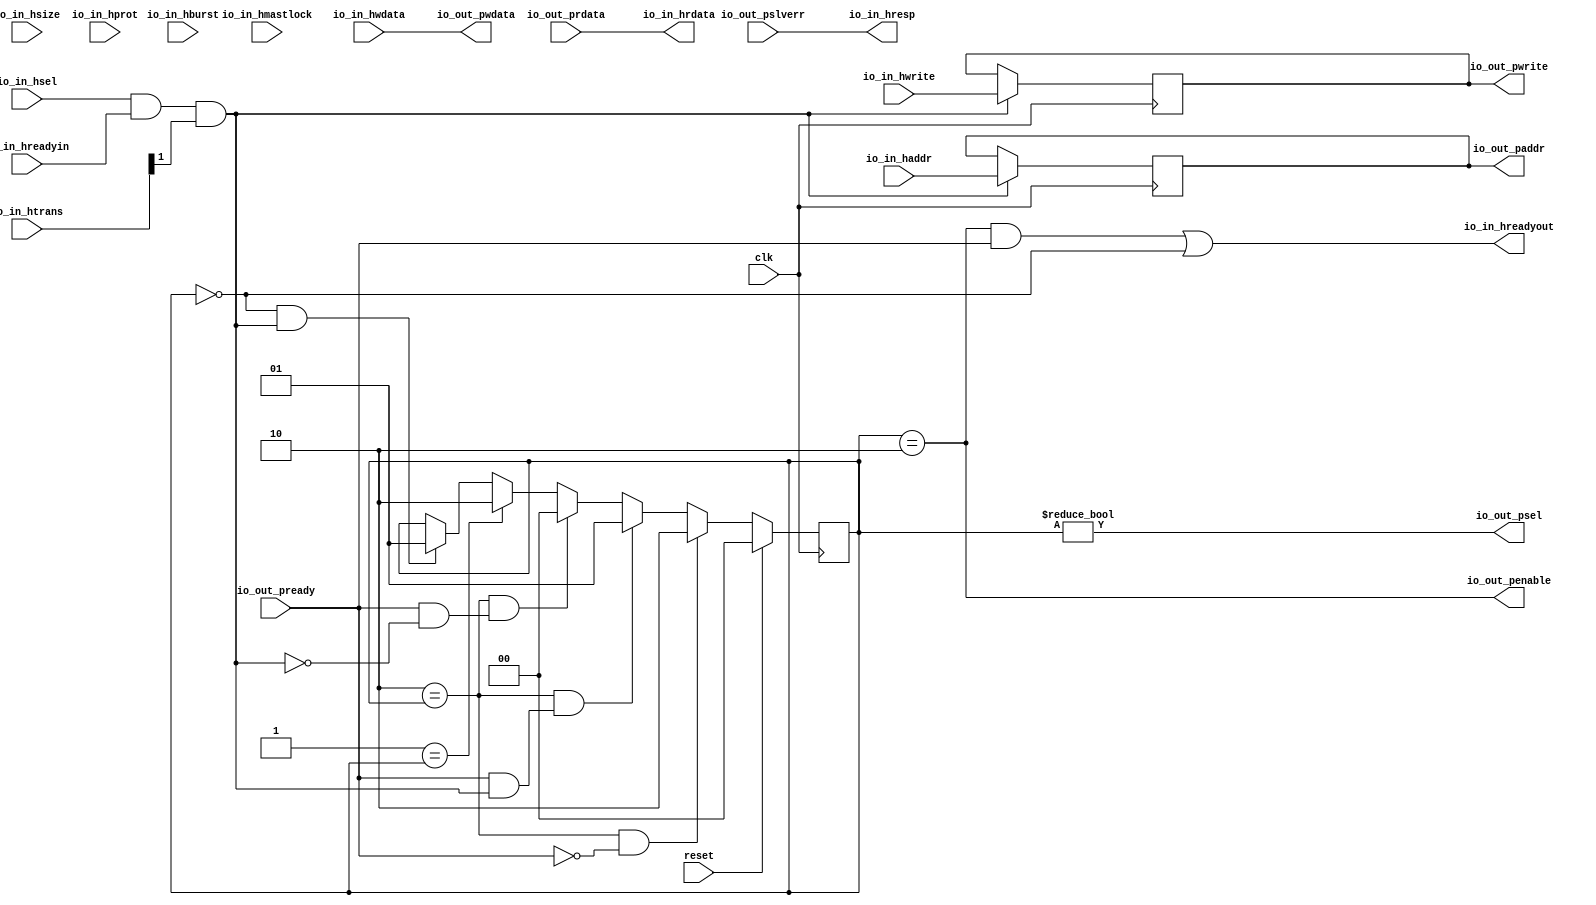
module HastiToPociBridge(input clk, input reset,
    input [31:0] io_in_haddr,
    input  io_in_hwrite,
    input [2:0] io_in_hsize,
    input [2:0] io_in_hburst,
    input [3:0] io_in_hprot,
    input [1:0] io_in_htrans,
    input  io_in_hmastlock,
    input [31:0] io_in_hwdata,
    output[31:0] io_in_hrdata,
    input  io_in_hsel,
    input  io_in_hreadyin,
    output io_in_hreadyout,
    output io_in_hresp,
    output[31:0] io_out_paddr,
    output io_out_pwrite,
    output io_out_psel,
    output io_out_penable,
    output[31:0] io_out_pwdata,
    input [31:0] io_out_prdata,
    input  io_out_pready,
    input  io_out_pslverr
);

  wire T0;
  reg [1:0] state;
  wire[1:0] T26;
  wire[1:0] T1;
  wire[1:0] T2;
  wire[1:0] T3;
  wire[1:0] T4;
  wire[1:0] T5;
  wire T6;
  wire transfer;
  wire T7;
  wire T8;
  wire T9;
  wire T10;
  wire T11;
  wire T12;
  wire T13;
  wire T14;
  wire T15;
  wire T16;
  wire T17;
  wire T18;
  wire T19;
  reg  hwrite_reg;
  wire T20;
  reg [31:0] haddr_reg;
  wire[31:0] T21;
  wire T22;
  wire T23;
  wire T24;
  wire T25;

`ifndef SYNTHESIS
// synthesis translate_off
  integer initvar;
  initial begin
    #0.002;
    state = {1{$random}};
    hwrite_reg = {1{$random}};
    haddr_reg = {1{$random}};
  end
// synthesis translate_on
`endif

  assign io_out_pwdata = io_in_hwdata;
  assign io_out_penable = T0;
  assign T0 = state == 2'h2;
  assign T26 = reset ? 2'h0 : T1;
  assign T1 = T17 ? 2'h2 : T2;
  assign T2 = T15 ? 2'h1 : T3;
  assign T3 = T11 ? 2'h0 : T4;
  assign T4 = T10 ? 2'h2 : T5;
  assign T5 = T6 ? 2'h1 : state;
  assign T6 = T9 & transfer;
  assign transfer = T8 & T7;
  assign T7 = io_in_htrans[1];
  assign T8 = io_in_hsel & io_in_hreadyin;
  assign T9 = 2'h0 == state;
  assign T10 = 2'h1 == state;
  assign T11 = T14 & T12;
  assign T12 = io_out_pready & T13;
  assign T13 = ~ transfer;
  assign T14 = 2'h2 == state;
  assign T15 = T14 & T16;
  assign T16 = io_out_pready & transfer;
  assign T17 = T14 & T18;
  assign T18 = ~ io_out_pready;
  assign io_out_psel = T19;
  assign T19 = state != 2'h0;
  assign io_out_pwrite = hwrite_reg;
  assign T20 = transfer ? io_in_hwrite : hwrite_reg;
  assign io_out_paddr = haddr_reg;
  assign T21 = transfer ? io_in_haddr : haddr_reg;
  assign io_in_hresp = io_out_pslverr;
  assign io_in_hreadyout = T22;
  assign T22 = T24 | T23;
  assign T23 = state == 2'h0;
  assign T24 = T25 & io_out_pready;
  assign T25 = state == 2'h2;
  assign io_in_hrdata = io_out_prdata;

  always @(posedge clk) begin
    if(reset) begin
      state <= 2'h0;
    end else if(T17) begin
      state <= 2'h2;
    end else if(T15) begin
      state <= 2'h1;
    end else if(T11) begin
      state <= 2'h0;
    end else if(T10) begin
      state <= 2'h2;
    end else if(T6) begin
      state <= 2'h1;
    end
    if(transfer) begin
      hwrite_reg <= io_in_hwrite;
    end
    if(transfer) begin
      haddr_reg <= io_in_haddr;
    end
  end
endmodule

module PociBus(
    input [31:0] io_master_paddr,
    input  io_master_pwrite,
    input  io_master_psel,
    input  io_master_penable,
    input [31:0] io_master_pwdata,
    output[31:0] io_master_prdata,
    output io_master_pready,
    output io_master_pslverr,
    output[31:0] io_slaves_4_paddr,
    output io_slaves_4_pwrite,
    output io_slaves_4_psel,
    output io_slaves_4_penable,
    output[31:0] io_slaves_4_pwdata,
    input [31:0] io_slaves_4_prdata,
    input  io_slaves_4_pready,
    input  io_slaves_4_pslverr,
    output[31:0] io_slaves_3_paddr,
    output io_slaves_3_pwrite,
    output io_slaves_3_psel,
    output io_slaves_3_penable,
    output[31:0] io_slaves_3_pwdata,
    input [31:0] io_slaves_3_prdata,
    input  io_slaves_3_pready,
    input  io_slaves_3_pslverr,
    output[31:0] io_slaves_2_paddr,
    output io_slaves_2_pwrite,
    output io_slaves_2_psel,
    output io_slaves_2_penable,
    output[31:0] io_slaves_2_pwdata,
    input [31:0] io_slaves_2_prdata,
    input  io_slaves_2_pready,
    input  io_slaves_2_pslverr,
    output[31:0] io_slaves_1_paddr,
    output io_slaves_1_pwrite,
    output io_slaves_1_psel,
    output io_slaves_1_penable,
    output[31:0] io_slaves_1_pwdata,
    input [31:0] io_slaves_1_prdata,
    input  io_slaves_1_pready,
    input  io_slaves_1_pslverr,
    output[31:0] io_slaves_0_paddr,
    output io_slaves_0_pwrite,
    output io_slaves_0_psel,
    output io_slaves_0_penable,
    output[31:0] io_slaves_0_pwdata,
    input [31:0] io_slaves_0_prdata,
    input  io_slaves_0_pready,
    input  io_slaves_0_pslverr
);

  wire T0;
  wire T1;
  wire[4:0] T2;
  wire[4:0] T3;
  wire[4:0] T4;
  wire[4:0] T5;
  wire[4:0] T6;
  wire T7;
  wire T8;
  wire[7:0] T9;
  wire T10;
  wire T11;
  wire[7:0] T12;
  wire T13;
  wire T14;
  wire[7:0] T15;
  wire T16;
  wire T17;
  wire[7:0] T18;
  wire T19;
  wire T20;
  wire[7:0] T21;
  wire T22;
  wire T23;
  wire T24;
  wire T25;
  wire T26;
  wire T27;
  wire T28;
  wire T29;
  wire T30;
  wire T31;
  wire T32;
  wire T33;
  wire T34;
  wire T35;
  wire T36;
  wire T37;
  wire T38;
  wire T39;
  wire T40;
  wire T41;
  wire T42;
  wire T43;
  wire T44;
  wire T45;
  wire T46;
  wire T47;
  wire[31:0] T48;
  wire[31:0] T49;
  wire[31:0] T50;
  wire[31:0] T51;
  wire[31:0] T52;
  wire[31:0] T53;
  wire[31:0] T54;
  wire[31:0] T55;
  wire[31:0] T56;


  assign io_slaves_0_pwdata = io_master_pwdata;
  assign io_slaves_0_penable = T0;
  assign T0 = io_master_penable & T1;
  assign T1 = T2[0];
  assign T2 = T19 ? 5'h1 : T3;
  assign T3 = T16 ? 5'h2 : T4;
  assign T4 = T13 ? 5'h4 : T5;
  assign T5 = T10 ? 5'h8 : T6;
  assign T6 = T7 ? 5'h10 : 5'h0;
  assign T7 = T8 & io_master_psel;
  assign T8 = T9 == 8'hf2;
  assign T9 = io_master_paddr[31:24];
  assign T10 = T11 & io_master_psel;
  assign T11 = T12 == 8'hf3;
  assign T12 = io_master_paddr[31:24];
  assign T13 = T14 & io_master_psel;
  assign T14 = T15 == 8'hf4;
  assign T15 = io_master_paddr[31:24];
  assign T16 = T17 & io_master_psel;
  assign T17 = T18 == 8'hf0;
  assign T18 = io_master_paddr[31:24];
  assign T19 = T20 & io_master_psel;
  assign T20 = T21 == 8'hf1;
  assign T21 = io_master_paddr[31:24];
  assign io_slaves_0_psel = T1;
  assign io_slaves_0_pwrite = io_master_pwrite;
  assign io_slaves_0_paddr = io_master_paddr;
  assign io_slaves_1_pwdata = io_master_pwdata;
  assign io_slaves_1_penable = T22;
  assign T22 = io_master_penable & T23;
  assign T23 = T2[1];
  assign io_slaves_1_psel = T23;
  assign io_slaves_1_pwrite = io_master_pwrite;
  assign io_slaves_1_paddr = io_master_paddr;
  assign io_slaves_2_pwdata = io_master_pwdata;
  assign io_slaves_2_penable = T24;
  assign T24 = io_master_penable & T25;
  assign T25 = T2[2];
  assign io_slaves_2_psel = T25;
  assign io_slaves_2_pwrite = io_master_pwrite;
  assign io_slaves_2_paddr = io_master_paddr;
  assign io_slaves_3_pwdata = io_master_pwdata;
  assign io_slaves_3_penable = T26;
  assign T26 = io_master_penable & T27;
  assign T27 = T2[3];
  assign io_slaves_3_psel = T27;
  assign io_slaves_3_pwrite = io_master_pwrite;
  assign io_slaves_3_paddr = io_master_paddr;
  assign io_slaves_4_pwdata = io_master_pwdata;
  assign io_slaves_4_penable = T28;
  assign T28 = io_master_penable & T29;
  assign T29 = T2[4];
  assign io_slaves_4_psel = T29;
  assign io_slaves_4_pwrite = io_master_pwrite;
  assign io_slaves_4_paddr = io_master_paddr;
  assign io_master_pslverr = T30;
  assign T30 = T32 | T31;
  assign T31 = T29 ? io_slaves_4_pslverr : 1'h0;
  assign T32 = T34 | T33;
  assign T33 = T27 ? io_slaves_3_pslverr : 1'h0;
  assign T34 = T36 | T35;
  assign T35 = T25 ? io_slaves_2_pslverr : 1'h0;
  assign T36 = T38 | T37;
  assign T37 = T23 ? io_slaves_1_pslverr : 1'h0;
  assign T38 = T1 ? io_slaves_0_pslverr : 1'h0;
  assign io_master_pready = T39;
  assign T39 = T41 | T40;
  assign T40 = T29 ? io_slaves_4_pready : 1'h0;
  assign T41 = T43 | T42;
  assign T42 = T27 ? io_slaves_3_pready : 1'h0;
  assign T43 = T45 | T44;
  assign T44 = T25 ? io_slaves_2_pready : 1'h0;
  assign T45 = T47 | T46;
  assign T46 = T23 ? io_slaves_1_pready : 1'h0;
  assign T47 = T1 ? io_slaves_0_pready : 1'h0;
  assign io_master_prdata = T48;
  assign T48 = T50 | T49;
  assign T49 = T29 ? io_slaves_4_prdata : 32'h0;
  assign T50 = T52 | T51;
  assign T51 = T27 ? io_slaves_3_prdata : 32'h0;
  assign T52 = T54 | T53;
  assign T53 = T25 ? io_slaves_2_prdata : 32'h0;
  assign T54 = T56 | T55;
  assign T55 = T23 ? io_slaves_1_prdata : 32'h0;
  assign T56 = T1 ? io_slaves_0_prdata : 32'h0;
endmodule

module Apbbridge(input clk, input reset,
    input [31:0] io_ahbport_haddr,
    input  io_ahbport_hwrite,
    input [2:0] io_ahbport_hsize,
    input [2:0] io_ahbport_hburst,
    input [3:0] io_ahbport_hprot,
    input [1:0] io_ahbport_htrans,
    input  io_ahbport_hmastlock,
    input [31:0] io_ahbport_hwdata,
    output[31:0] io_ahbport_hrdata,
    input  io_ahbport_hsel,
    input  io_ahbport_hreadyin,
    output io_ahbport_hreadyout,
    output io_ahbport_hresp,
    output[31:0] io_uart_paddr,
    output io_uart_pwrite,
    output io_uart_psel,
    output io_uart_penable,
    output[31:0] io_uart_pwdata,
    input [31:0] io_uart_prdata,
    input  io_uart_pready,
    input  io_uart_pslverr,
    output[31:0] io_gpio_paddr,
    output io_gpio_pwrite,
    output io_gpio_psel,
    output io_gpio_penable,
    output[31:0] io_gpio_pwdata,
    input [31:0] io_gpio_prdata,
    input  io_gpio_pready,
    input  io_gpio_pslverr,
    output[31:0] io_cpuctrl_paddr,
    output io_cpuctrl_pwrite,
    output io_cpuctrl_psel,
    output io_cpuctrl_penable,
    output[31:0] io_cpuctrl_pwdata,
    input [31:0] io_cpuctrl_prdata,
    input  io_cpuctrl_pready,
    input  io_cpuctrl_pslverr,
    output[31:0] io_timer_paddr,
    output io_timer_pwrite,
    output io_timer_psel,
    output io_timer_penable,
    output[31:0] io_timer_pwdata,
    input [31:0] io_timer_prdata,
    input  io_timer_pready,
    input  io_timer_pslverr,
    output[31:0] io_intc_paddr,
    output io_intc_pwrite,
    output io_intc_psel,
    output io_intc_penable,
    output[31:0] io_intc_pwdata,
    input [31:0] io_intc_prdata,
    input  io_intc_pready,
    input  io_intc_pslverr
);

  wire[31:0] bridge_io_in_hrdata;
  wire bridge_io_in_hreadyout;
  wire bridge_io_in_hresp;
  wire[31:0] bridge_io_out_paddr;
  wire bridge_io_out_pwrite;
  wire bridge_io_out_psel;
  wire bridge_io_out_penable;
  wire[31:0] bridge_io_out_pwdata;
  wire[31:0] apbbus_io_master_prdata;
  wire apbbus_io_master_pready;
  wire apbbus_io_master_pslverr;
  wire[31:0] apbbus_io_slaves_4_paddr;
  wire apbbus_io_slaves_4_pwrite;
  wire apbbus_io_slaves_4_psel;
  wire apbbus_io_slaves_4_penable;
  wire[31:0] apbbus_io_slaves_4_pwdata;
  wire[31:0] apbbus_io_slaves_3_paddr;
  wire apbbus_io_slaves_3_pwrite;
  wire apbbus_io_slaves_3_psel;
  wire apbbus_io_slaves_3_penable;
  wire[31:0] apbbus_io_slaves_3_pwdata;
  wire[31:0] apbbus_io_slaves_2_paddr;
  wire apbbus_io_slaves_2_pwrite;
  wire apbbus_io_slaves_2_psel;
  wire apbbus_io_slaves_2_penable;
  wire[31:0] apbbus_io_slaves_2_pwdata;
  wire[31:0] apbbus_io_slaves_1_paddr;
  wire apbbus_io_slaves_1_pwrite;
  wire apbbus_io_slaves_1_psel;
  wire apbbus_io_slaves_1_penable;
  wire[31:0] apbbus_io_slaves_1_pwdata;
  wire[31:0] apbbus_io_slaves_0_paddr;
  wire apbbus_io_slaves_0_pwrite;
  wire apbbus_io_slaves_0_psel;
  wire apbbus_io_slaves_0_penable;
  wire[31:0] apbbus_io_slaves_0_pwdata;


  assign io_intc_pwdata = apbbus_io_slaves_4_pwdata;
  assign io_intc_penable = apbbus_io_slaves_4_penable;
  assign io_intc_psel = apbbus_io_slaves_4_psel;
  assign io_intc_pwrite = apbbus_io_slaves_4_pwrite;
  assign io_intc_paddr = apbbus_io_slaves_4_paddr;
  assign io_timer_pwdata = apbbus_io_slaves_3_pwdata;
  assign io_timer_penable = apbbus_io_slaves_3_penable;
  assign io_timer_psel = apbbus_io_slaves_3_psel;
  assign io_timer_pwrite = apbbus_io_slaves_3_pwrite;
  assign io_timer_paddr = apbbus_io_slaves_3_paddr;
  assign io_cpuctrl_pwdata = apbbus_io_slaves_2_pwdata;
  assign io_cpuctrl_penable = apbbus_io_slaves_2_penable;
  assign io_cpuctrl_psel = apbbus_io_slaves_2_psel;
  assign io_cpuctrl_pwrite = apbbus_io_slaves_2_pwrite;
  assign io_cpuctrl_paddr = apbbus_io_slaves_2_paddr;
  assign io_gpio_pwdata = apbbus_io_slaves_1_pwdata;
  assign io_gpio_penable = apbbus_io_slaves_1_penable;
  assign io_gpio_psel = apbbus_io_slaves_1_psel;
  assign io_gpio_pwrite = apbbus_io_slaves_1_pwrite;
  assign io_gpio_paddr = apbbus_io_slaves_1_paddr;
  assign io_uart_pwdata = apbbus_io_slaves_0_pwdata;
  assign io_uart_penable = apbbus_io_slaves_0_penable;
  assign io_uart_psel = apbbus_io_slaves_0_psel;
  assign io_uart_pwrite = apbbus_io_slaves_0_pwrite;
  assign io_uart_paddr = apbbus_io_slaves_0_paddr;
  assign io_ahbport_hresp = bridge_io_in_hresp;
  assign io_ahbport_hreadyout = bridge_io_in_hreadyout;
  assign io_ahbport_hrdata = bridge_io_in_hrdata;
  HastiToPociBridge bridge(.clk(clk), .reset(reset),
       .io_in_haddr( io_ahbport_haddr ),
       .io_in_hwrite( io_ahbport_hwrite ),
       .io_in_hsize( io_ahbport_hsize ),
       .io_in_hburst( io_ahbport_hburst ),
       .io_in_hprot( io_ahbport_hprot ),
       .io_in_htrans( io_ahbport_htrans ),
       .io_in_hmastlock( io_ahbport_hmastlock ),
       .io_in_hwdata( io_ahbport_hwdata ),
       .io_in_hrdata( bridge_io_in_hrdata ),
       .io_in_hsel( io_ahbport_hsel ),
       .io_in_hreadyin( io_ahbport_hreadyin ),
       .io_in_hreadyout( bridge_io_in_hreadyout ),
       .io_in_hresp( bridge_io_in_hresp ),
       .io_out_paddr( bridge_io_out_paddr ),
       .io_out_pwrite( bridge_io_out_pwrite ),
       .io_out_psel( bridge_io_out_psel ),
       .io_out_penable( bridge_io_out_penable ),
       .io_out_pwdata( bridge_io_out_pwdata ),
       .io_out_prdata( apbbus_io_master_prdata ),
       .io_out_pready( apbbus_io_master_pready ),
       .io_out_pslverr( apbbus_io_master_pslverr )
  );
  PociBus apbbus(
       .io_master_paddr( bridge_io_out_paddr ),
       .io_master_pwrite( bridge_io_out_pwrite ),
       .io_master_psel( bridge_io_out_psel ),
       .io_master_penable( bridge_io_out_penable ),
       .io_master_pwdata( bridge_io_out_pwdata ),
       .io_master_prdata( apbbus_io_master_prdata ),
       .io_master_pready( apbbus_io_master_pready ),
       .io_master_pslverr( apbbus_io_master_pslverr ),
       .io_slaves_4_paddr( apbbus_io_slaves_4_paddr ),
       .io_slaves_4_pwrite( apbbus_io_slaves_4_pwrite ),
       .io_slaves_4_psel( apbbus_io_slaves_4_psel ),
       .io_slaves_4_penable( apbbus_io_slaves_4_penable ),
       .io_slaves_4_pwdata( apbbus_io_slaves_4_pwdata ),
       .io_slaves_4_prdata( io_intc_prdata ),
       .io_slaves_4_pready( io_intc_pready ),
       .io_slaves_4_pslverr( io_intc_pslverr ),
       .io_slaves_3_paddr( apbbus_io_slaves_3_paddr ),
       .io_slaves_3_pwrite( apbbus_io_slaves_3_pwrite ),
       .io_slaves_3_psel( apbbus_io_slaves_3_psel ),
       .io_slaves_3_penable( apbbus_io_slaves_3_penable ),
       .io_slaves_3_pwdata( apbbus_io_slaves_3_pwdata ),
       .io_slaves_3_prdata( io_timer_prdata ),
       .io_slaves_3_pready( io_timer_pready ),
       .io_slaves_3_pslverr( io_timer_pslverr ),
       .io_slaves_2_paddr( apbbus_io_slaves_2_paddr ),
       .io_slaves_2_pwrite( apbbus_io_slaves_2_pwrite ),
       .io_slaves_2_psel( apbbus_io_slaves_2_psel ),
       .io_slaves_2_penable( apbbus_io_slaves_2_penable ),
       .io_slaves_2_pwdata( apbbus_io_slaves_2_pwdata ),
       .io_slaves_2_prdata( io_cpuctrl_prdata ),
       .io_slaves_2_pready( io_cpuctrl_pready ),
       .io_slaves_2_pslverr( io_cpuctrl_pslverr ),
       .io_slaves_1_paddr( apbbus_io_slaves_1_paddr ),
       .io_slaves_1_pwrite( apbbus_io_slaves_1_pwrite ),
       .io_slaves_1_psel( apbbus_io_slaves_1_psel ),
       .io_slaves_1_penable( apbbus_io_slaves_1_penable ),
       .io_slaves_1_pwdata( apbbus_io_slaves_1_pwdata ),
       .io_slaves_1_prdata( io_gpio_prdata ),
       .io_slaves_1_pready( io_gpio_pready ),
       .io_slaves_1_pslverr( io_gpio_pslverr ),
       .io_slaves_0_paddr( apbbus_io_slaves_0_paddr ),
       .io_slaves_0_pwrite( apbbus_io_slaves_0_pwrite ),
       .io_slaves_0_psel( apbbus_io_slaves_0_psel ),
       .io_slaves_0_penable( apbbus_io_slaves_0_penable ),
       .io_slaves_0_pwdata( apbbus_io_slaves_0_pwdata ),
       .io_slaves_0_prdata( io_uart_prdata ),
       .io_slaves_0_pready( io_uart_pready ),
       .io_slaves_0_pslverr( io_uart_pslverr )
  );
endmodule